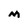
Character: M